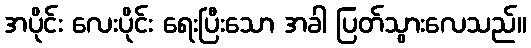
အပိုင်း လေးပိုင်း ရေးပြီးသော အခါ ပြတ်သွားလေသည်။